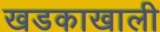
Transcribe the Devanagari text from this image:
खडकाखाली